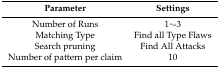
| Parameter | Settings |
 | --- | --- |
 | Number of Runs | 1∼3 |
 | Matching Type | Find all Type Flaws |
 | Search pruning | Find All Attacks |
 | Number of pattern per claim | 10 |